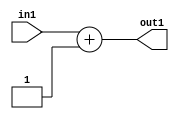
`timescale 1ps / 1ps
/*****************************************************************************
    Verilog RTL Description
    
    
    Created by: Stratus DpOpt 21.05.01 
*******************************************************************************/

module SobelFilter_Add2i1s32_4 (
	in1,
	out1
	); /* architecture "behavioural" */ 
input [31:0] in1;
output [31:0] out1;
wire [31:0] asc001;

assign asc001 = 
	+(in1)
	+(32'B00000000000000000000000000000001);

assign out1 = asc001;
endmodule

/* CADENCE  ubD1Tg8= : u9/ySxbfrwZIxEzHVQQV8Q== ** DO NOT EDIT THIS LINE ******/